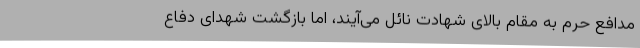
مدافع حرم به مقام بالای شهادت نائل می‌آیند، اما بازگشت شهدای دفاع